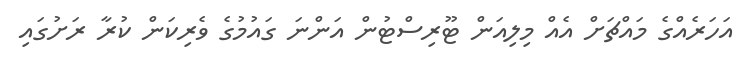
އަހަރެއްގެ މައްޗަށް އެއް މިލިއަން ޓޫރިސްޓުން އަންނަ ގައުމުގެ ވެރިކަން ކުރާ ރަށުގައި